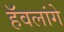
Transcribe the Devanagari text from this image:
हॅवलांगे